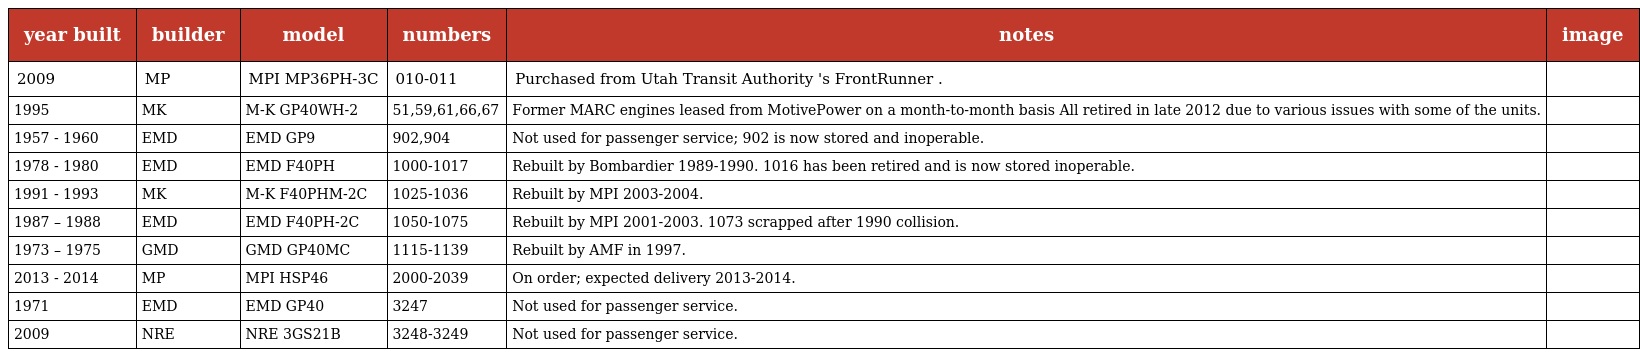
| year built | builder | model | numbers | notes | image |
 | --- | --- | --- | --- | --- | --- |
 | 2009 | MP | MPI MP36PH-3C | 010-011 | Purchased from Utah Transit Authority 's FrontRunner . |  |
 | 1995 | MK | M-K GP40WH-2 | 51,59,61,66,67 | Former MARC engines leased from MotivePower on a month-to-month basis All retired in late 2012 due to various issues with some of the units. |  |
 | 1957 - 1960 | EMD | EMD GP9 | 902,904 | Not used for passenger service; 902 is now stored and inoperable. |  |
 | 1978 - 1980 | EMD | EMD F40PH | 1000-1017 | Rebuilt by Bombardier 1989-1990. 1016 has been retired and is now stored inoperable. |  |
 | 1991 - 1993 | MK | M-K F40PHM-2C | 1025-1036 | Rebuilt by MPI 2003-2004. |  |
 | 1987 – 1988 | EMD | EMD F40PH-2C | 1050-1075 | Rebuilt by MPI 2001-2003. 1073 scrapped after 1990 collision. |  |
 | 1973 – 1975 | GMD | GMD GP40MC | 1115-1139 | Rebuilt by AMF in 1997. |  |
 | 2013 - 2014 | MP | MPI HSP46 | 2000-2039 | On order; expected delivery 2013-2014. |  |
 | 1971 | EMD | EMD GP40 | 3247 | Not used for passenger service. |  |
 | 2009 | NRE | NRE 3GS21B | 3248-3249 | Not used for passenger service. |  |